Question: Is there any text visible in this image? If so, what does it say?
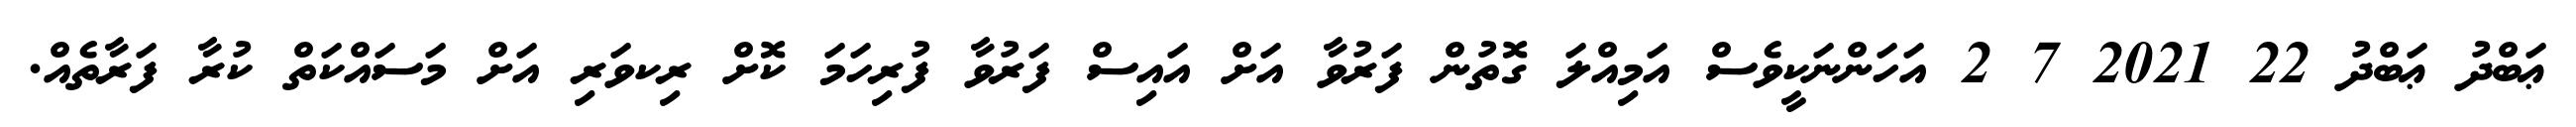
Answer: ޢަބްދު ޢަބްދު 22 2021 7 2 އަހަންނަކީވެސް އަމިއްލަ ގޮތުން ފަރުވާ އަށް އައިސް ފަރުވާ ފުރިހަމަ ކޮށް ރިކވަރި އަށް މަސައްކަތް ކުރާ ފަރާތެއް.